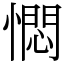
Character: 㦖